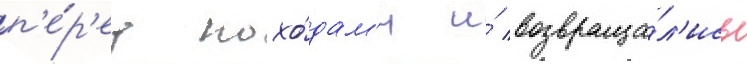
п'е́р'ед похо́дам'и и́ возвраща́л'ись